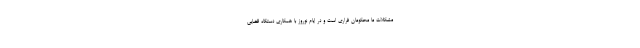
مشکلات ما محکومان فراری است و در ایام نوروز با همکاری دستگاه قضایی